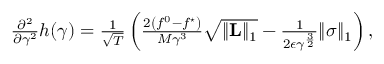
\begin{array} { r } { \frac { \partial ^ { 2 } } { \partial \gamma ^ { 2 } } h ( \gamma ) = \frac { 1 } { \sqrt { T } } \left( \frac { 2 \left( f ^ { 0 } - f ^ { \star } \right) } { M \gamma ^ { 3 } } \sqrt { \lVert \mathbf { L } \rVert _ { 1 } } - \frac { 1 } { 2 \epsilon \gamma ^ { \frac { 3 } { 2 } } } \lVert \boldsymbol { \sigma } \rVert _ { 1 } \right) , } \end{array}